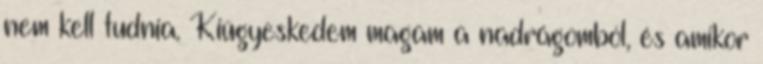
nem kell tudnia. Kiügyeskedem magam a nadrágomból, és amikor